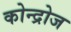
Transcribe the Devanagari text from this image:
कोन्द्रोज